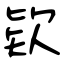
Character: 欵